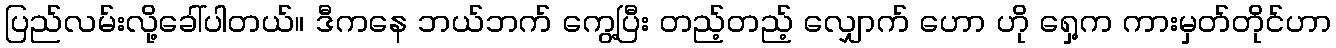
ပြည်လမ်းလို့ခေါ်ပါတယ်။ ဒီကနေ ဘယ်ဘက် ကွေ့ပြီး တည့်တည့် လျှောက် ဟော ဟို ရှေ့က ကားမှတ်တိုင်ဟာ